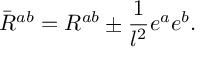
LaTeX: \bar { R } ^ { a b } = R ^ { a b } \pm \frac { 1 } { l ^ { 2 } } e ^ { a } e ^ { b } .